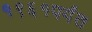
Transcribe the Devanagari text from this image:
१९६१पर्यंत